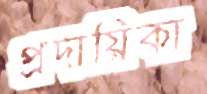
প্রদায়িকা